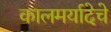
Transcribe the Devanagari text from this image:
कालमर्यादेचे